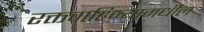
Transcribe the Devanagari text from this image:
रक्तवाहिन्यामधील